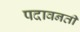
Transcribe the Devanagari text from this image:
पदावनती